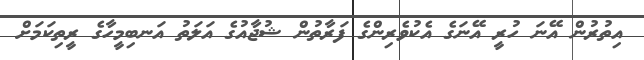
އިތުރުން އޭނަ ހުރީ އޭނަގެ އެކުވެރިންގެ ފަރާތުން ޝުޖާއުގެ އަލަތު އަނބިމީހާގެ ރީތިކަމަށް